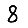
Digit: 8